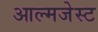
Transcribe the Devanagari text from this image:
आल्मजेस्ट